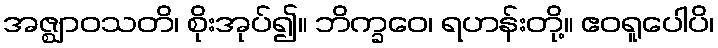
အဇ္ဈာဝသတိ၊ စိုးအုပ်၍။ ဘိက္ခဝေ၊ ရဟန်းတို့။ ဧဝရူပေါပိ၊